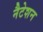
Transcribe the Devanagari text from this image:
नैटेशन